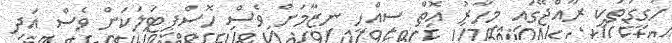
ހަގީގަތަކީ ރާއްޖޭގައި މިހާރު އޮތް ސިއްހީ ނިޒާމަށް ވެސް ހޮސްޕިޓަލަކަށް ވެސް އަދި